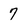
Character: 7